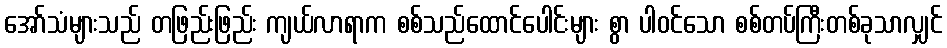
အော်သံများသည် တဖြည်းဖြည်း ကျယ်လာရာက စစ်သည်ထောင်ပေါင်းများ စွာ ပါဝင်သော စစ်တပ်ကြီးတစ်ခုသာလျှင်